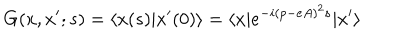
G ( x , x ^ { \prime } ; s ) = \langle x ( s ) | x ^ { \prime } ( 0 ) \rangle = \langle x | e ^ { - i ( p - e A ) ^ { 2 } s } | x ^ { \prime } \rangle